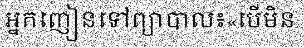
អ្នកញៀនទៅព្យាបាល៖«បើមិន